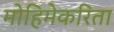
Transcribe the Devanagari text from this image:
मोहिमेकरिता